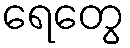
ရေတွေ